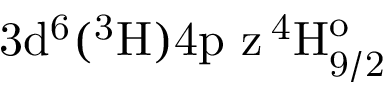
\mathrm { 3 d ^ { 6 } ( ^ { 3 } H ) 4 p \ z \, ^ { 4 } H _ { 9 / 2 } ^ { o } }